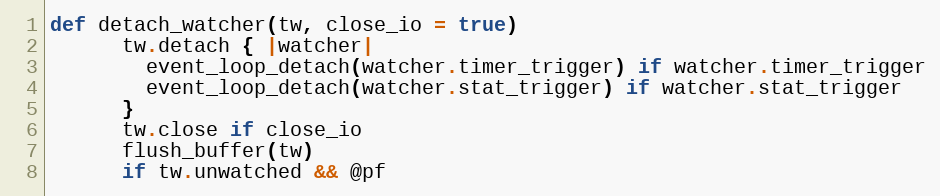
Language: Ruby
def detach_watcher(tw, close_io = true)
      tw.detach { |watcher|
        event_loop_detach(watcher.timer_trigger) if watcher.timer_trigger
        event_loop_detach(watcher.stat_trigger) if watcher.stat_trigger
      }
      tw.close if close_io
      flush_buffer(tw)
      if tw.unwatched && @pf